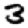
Digit: 3